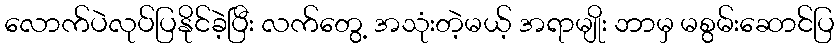
လောက်ပဲလုပ်ပြနိုင်ခဲ့ပြီး လက်တွေ့ အသုံးတဲ့မယ့် အရာမျိုး ဘာမှ မစွမ်းဆောင်ပြ